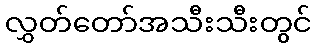
လွှတ်တော်အသီးသီးတွင်